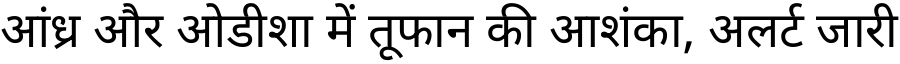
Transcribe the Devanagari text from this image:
आंध्र और ओडीशा में तूफान की आशंका, अलर्ट जारी